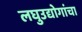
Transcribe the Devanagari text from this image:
लघुउद्योगांचा